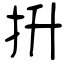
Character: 抍